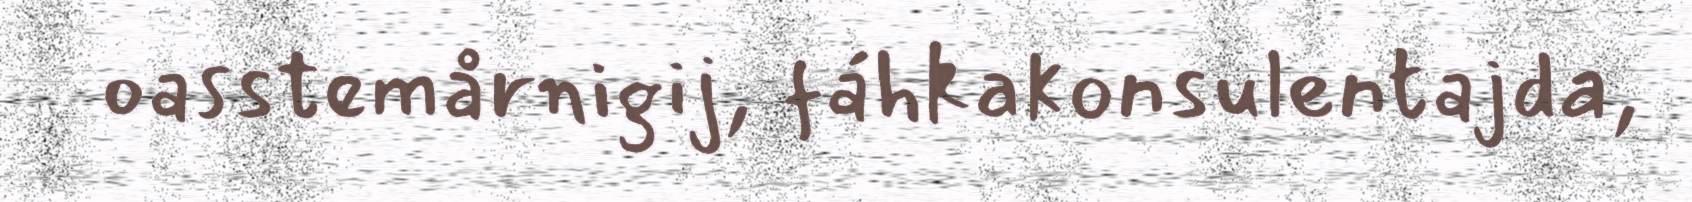
oasstemårnigij, fáhkakonsulentajda,